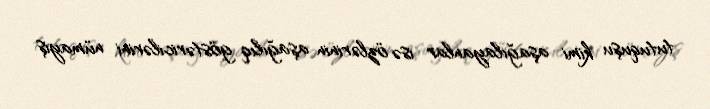
tutuquşu kimi aşağılayanlar isə özlərinin aşağılıq göstəricilərini nümayiş